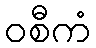
ဝစီကံ